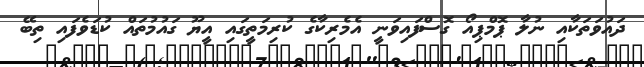
ދައުވަތަކާއި ނުލާ ޕޮމްޕިއޯ ގޮސްފައިވަނީ އެމެރިކާގެ ކުރިމަތީގައި އީޔޫ ގައުމުތައް ކުޑަވެފައި ތިބޭ